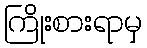
ကြိုးစားရာမှ